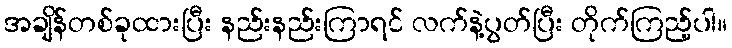
အချိန်တစ်ခုထားပြီး နည်းနည်းကြာရင် လက်နဲ့ပွတ်ပြီး တိုက်ကြည့်ပါ။